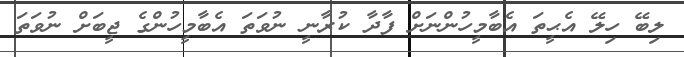
ލިބޭ ހިލޭ އެޙީތަ އެބާމީހުންނަށް ފާދާ ކުރާނީ ނުވަތަ އެބާމީހުންގެ ޖީބަށް ނުވަތަ